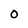
Character: 0